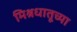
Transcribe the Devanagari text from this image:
मिश्रधातूच्या